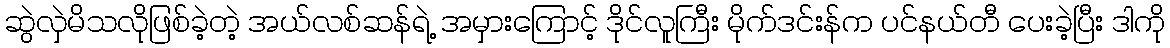
ဆွဲလှဲမိသလိုဖြစ်ခဲ့တဲ့ အယ်လစ်ဆန်ရဲ့ အမှားကြောင့် ဒိုင်လူကြီး မိုက်ဒင်းန်က ပင်နယ်တီ ပေးခဲ့ပြီး ဒါကို